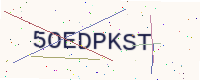
Text: 5OEDPKST